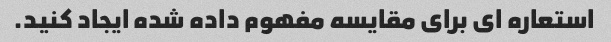
استعاره ای برای مقایسه مفهوم داده شده ایجاد کنید.